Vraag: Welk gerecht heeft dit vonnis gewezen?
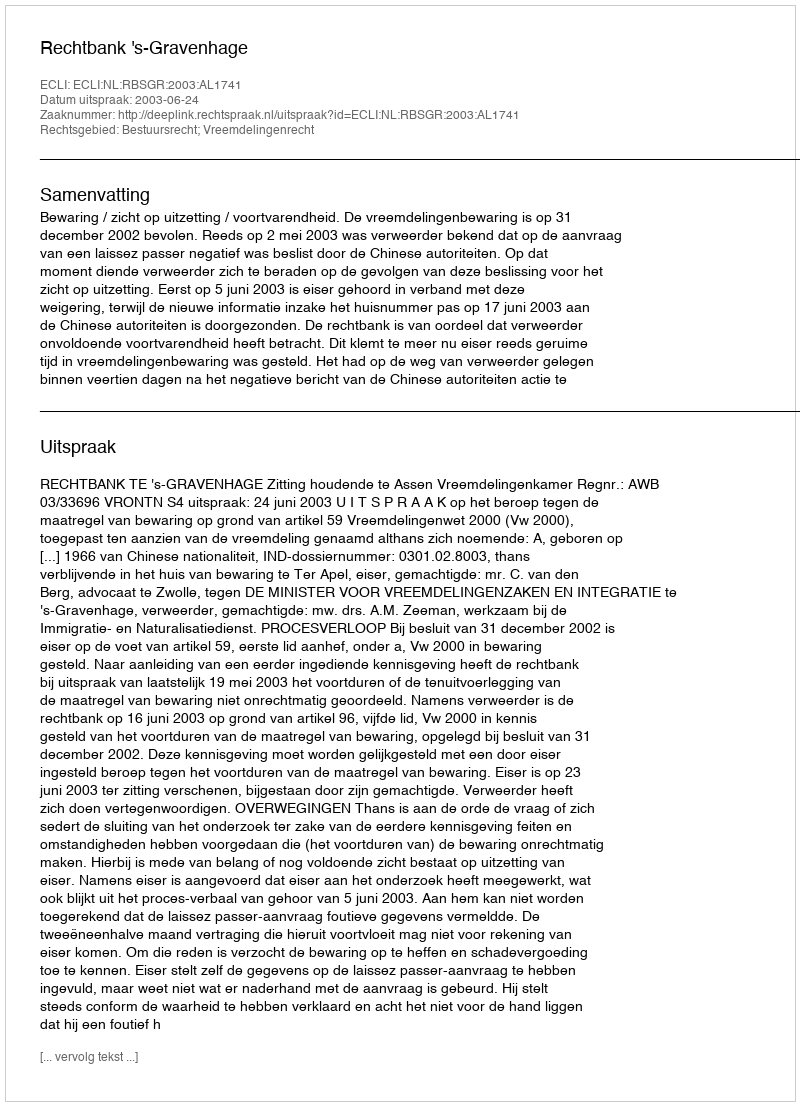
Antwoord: Rechtbank 's-Gravenhage